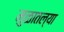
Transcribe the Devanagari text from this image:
मुळातल्या